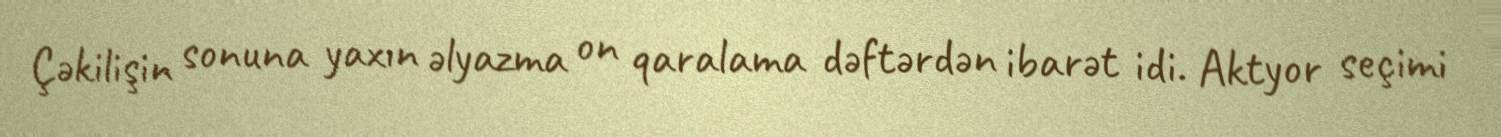
Çəkilişin sonuna yaxın əlyazma on qaralama dəftərdən ibarət idi. Aktyor seçimi